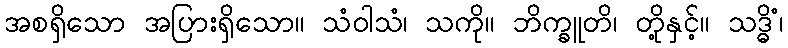
အစရှိသော အပြားရှိသော။ သံဝါသံ၊ သကို။ ဘိက္ခူတိ၊ တို့နှင့်။ သဒ္ဓိံ၊